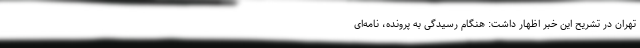
تهران در تشریح این خبر اظهار داشت: هنگام رسیدگی به پرونده، نامه‌ای